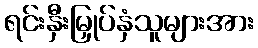
ရင်းနှီးမြှုပ်နှံသူများအား